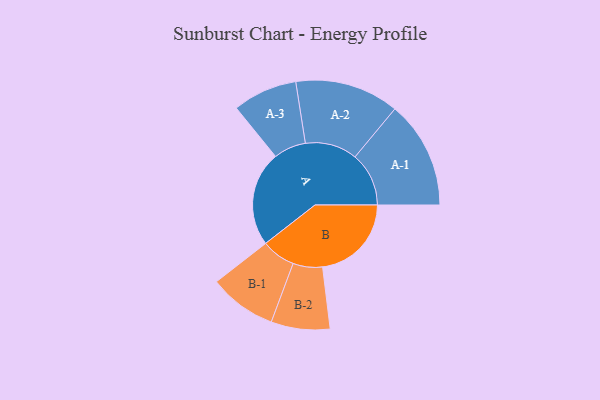
{"axis": {"x": "Segment", "y": "Value"}, "legend": ["", "A", "B"], "data": [{"x": "A", "y": 491, "type": ""}, {"x": "B", "y": 459, "type": ""}, {"x": "A-1", "y": 278, "type": "A"}, {"x": "A-2", "y": 269, "type": "A"}, {"x": "A-3", "y": 167, "type": "A"}, {"x": "B-1", "y": 175, "type": "B"}, {"x": "B-2", "y": 152, "type": "B"}]}